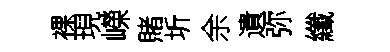
裸現嶸賭圻余遺弥纖